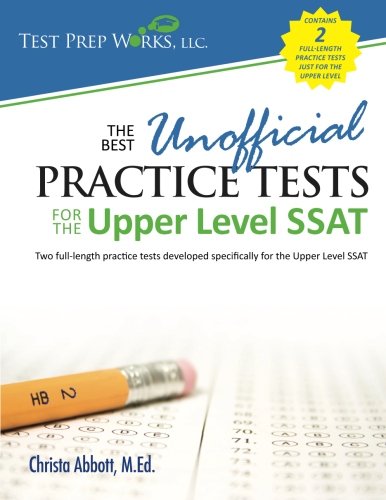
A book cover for The Best Unofficial Practice Tests for the Upper Level SSAT; Christa B Abbott M.Ed.; Test Preparation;